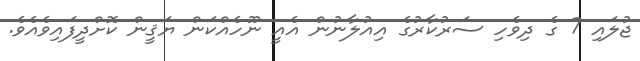
ޖުލައި 7 ގެ ދިވެހި ސަރުކާރުގެ އިއުލާނުން އެއީ ނޫހެއްކަން ޔަޤީން ކޮށްދީފައިވެއެވެ.